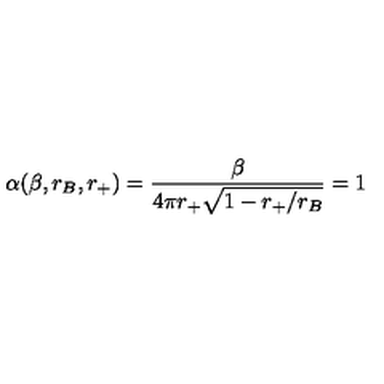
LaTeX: \alpha ( \beta , r _ { B } , r _ { + } ) = { \frac { \beta } { 4 \pi r _ { + } \sqrt { 1 - { r _ { + } / r _ { B } } } } } = 1